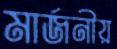
মার্জনীয়